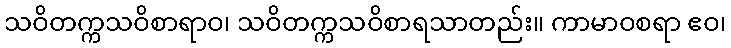
သဝိတက္ကသဝိစာရာဝ၊ သဝိတက္ကသဝိစာရသာတည်း။ ကာမာဝစရာ ဧဝ၊